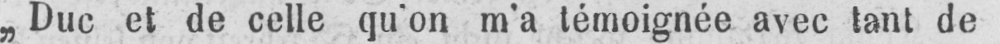
„Duc et de celle qu’on m’a témoignée avec tant de